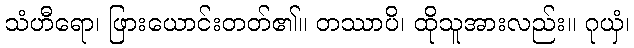
သံဟီရော၊ ဖြားယောင်းတတ်၏။ တဿာပိ၊ ထိုသူအားလည်း။ ဂုယှံ၊